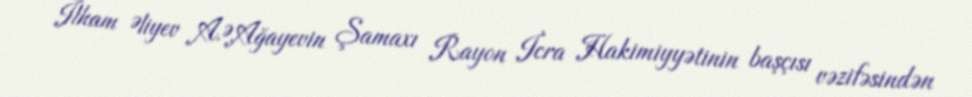
İlham Əliyev A.Ə.Ağayevin Şamaxı Rayon İcra Hakimiyyətinin başçısı vəzifəsindən